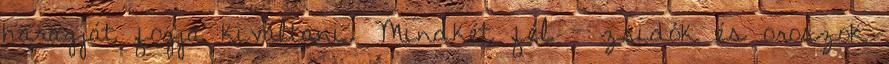
haragját fogja kiváltani. Mindkét fél – zsidók és oroszok